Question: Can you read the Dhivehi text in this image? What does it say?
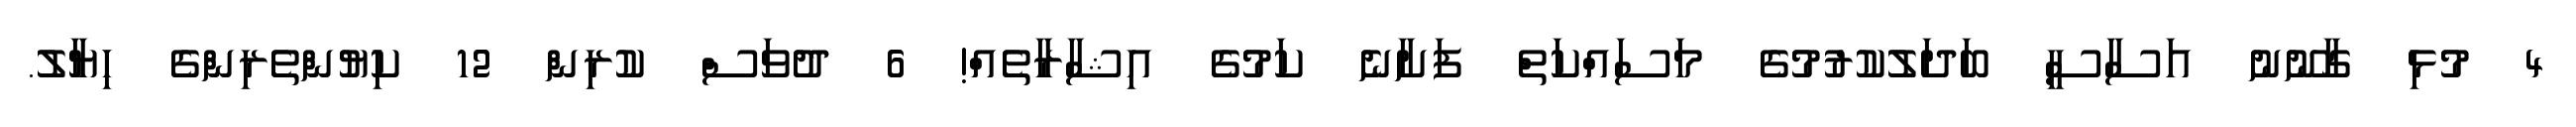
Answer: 4 މުޅި ގާނޫނު އަސާސީ ބަދަލުކުރުމުގެ މަސައްކަތް ފަށާނެ ކަމުގެ އިޝާރާތެއް! 6 ދުވަސް ކުރިން 12 ކިޔުންތެރިންގެ ހިޔާލު.